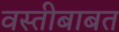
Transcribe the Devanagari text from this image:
वस्तीबाबत